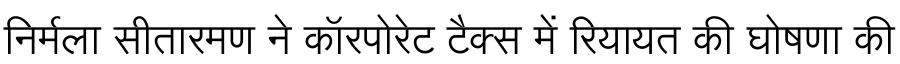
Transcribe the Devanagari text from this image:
निर्मला सीतारमण ने कॉरपोरेट टैक्स में रियायत की घोषणा की